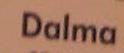
dalma